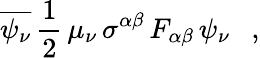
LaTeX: \overline{{{\psi_{\nu}}}}\, \frac{1}{2}\, \mu_{\nu}\, \sigma^{\alpha\beta}\, F_{\alpha\beta}\, \psi_{\nu}\ \ \ ,